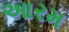
આરમ